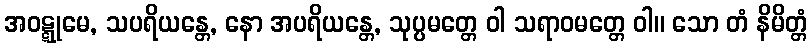
အဝဋ္ဋုမေ, သပရိယန္တေ, နော အပရိယန္တေ, သုပ္ပမတ္တေ ဝါ သရာဝမတ္တေ ဝါ။ သော တံ နိမိတ္တံ